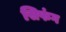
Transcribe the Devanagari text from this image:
सिफंग